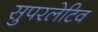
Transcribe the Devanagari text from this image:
सुपरलेटिव